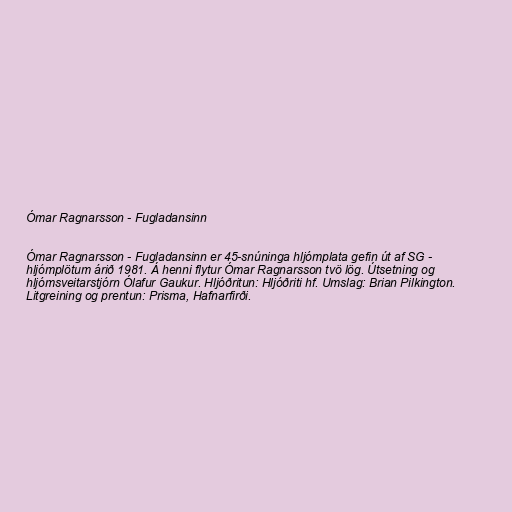
Ómar Ragnarsson - Fugladansinn

Ómar Ragnarsson - Fugladansinn er 45-snúninga hljómplata gefin út af SG -
hljómplötum árið 1981. Á henni flytur Ómar Ragnarsson tvö lög. Útsetning og
hljómsveitarstjórn Ólafur Gaukur. Hljóðritun: Hljóðriti hf. Umslag: Brian Pilkington.
Litgreining og prentun: Prisma, Hafnarfirði.